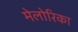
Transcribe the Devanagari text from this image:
मेलोरिका